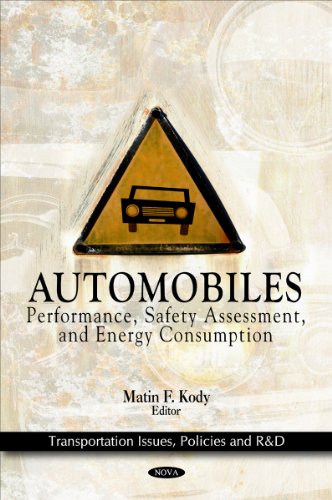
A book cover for Automobiles: Performance, Safety Assessment, and Energy (Transportation Issues, Policies and R&D); Engineering & Transportation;